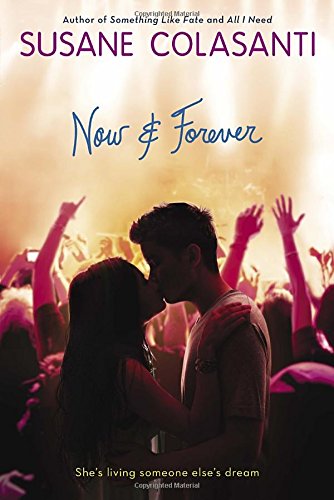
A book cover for Now and Forever; Susane Colasanti; Teen & Young Adult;